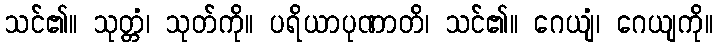
သင်၏။ သုတ္တံ၊ သုတ်ကို။ ပရိယာပုဏာတိ၊ သင်၏။ ဂေယျံ၊ ဂေယျကို။